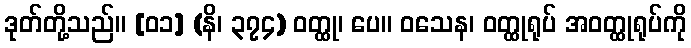
ဒုတ်တို့သည်။ [၀၁] (နိ၊ ၃၇၄) ဝတ္ထု၊ ပေ။ ဝသေန၊ ဝတ္ထုရုပ် အဝတ္ထုရုပ်ကို